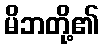
မိဘတို့၏